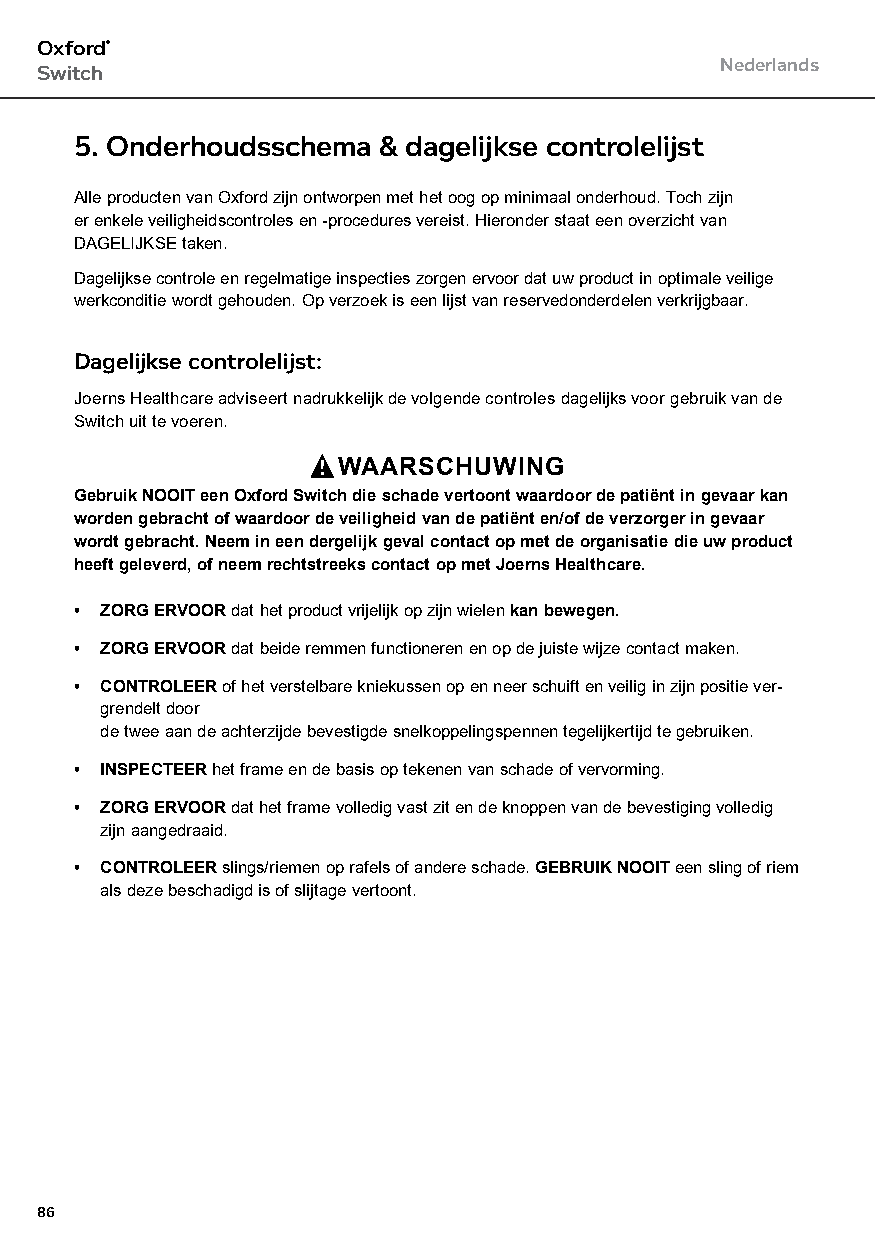
Oxford®
 Nederlands
 Switch
 5. Onderhoudsschema & dagelijkse controlelijst
 Alle producten van Oxford zijn ontworpen met het oog op minimaal onderhoud. Toch zijn
 er enkele veiligheidscontroles en -procedures vereist. Hieronder staat een overzicht van
 DAGELIJKSE taken.
 Dagelijkse controle en regelmatige inspecties zorgen ervoor dat uw product in optimale veilige
 werkconditie wordt gehouden. Op verzoek is een lijst van reservedonderdelen verkrijgbaar.
 Dagelijkse controlelijst:
 Joerns Healthcare adviseert nadrukkelijk de volgende controles dagelijks voor gebruik van de
 Switch uit te voeren.
 WAARSCHUWING
 Gebruik NOOIT een Oxford Switch die schade vertoont waardoor de patiënt in gevaar kan
 worden gebracht of waardoor de veiligheid van de patiënt en/of de verzorger in gevaar
 wordt gebracht. Neem in een dergelijk geval contact op met de organisatie die uw product
 heeft geleverd, of neem rechtstreeks contact op met Joerns Healthcare.
 • ZORG ERVOOR dat het product vrijelijk op zijn wielen kan bewegen.
 • ZORG ERVOOR dat beide remmen functioneren en op de juiste wijze contact maken.
 • CONTROLEER of het verstelbare kniekussen op en neer schuift en veilig in zijn positie ver-
 grendelt door
 de twee aan de achterzijde bevestigde snelkoppelingspennen tegelijkertijd te gebruiken.
 • INSPECTEER het frame en de basis op tekenen van schade of vervorming.
 • ZORG ERVOOR dat het frame volledig vast zit en de knoppen van de bevestiging volledig
 zijn aangedraaid.
 • CONTROLEER slings/riemen op rafels of andere schade. GEBRUIK NOOIT een sling of riem
 als deze beschadigd is of slijtage vertoont.
 86